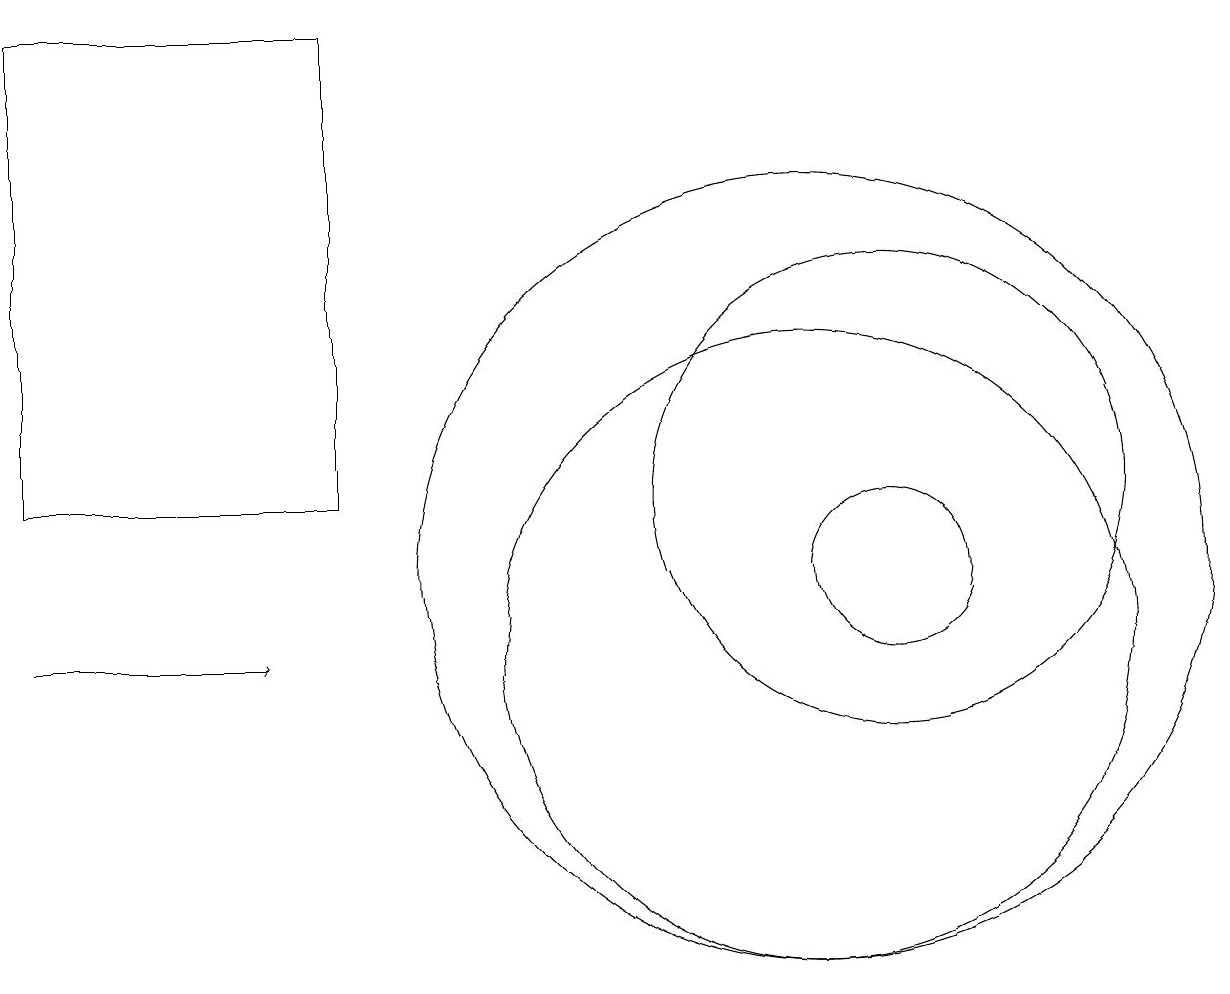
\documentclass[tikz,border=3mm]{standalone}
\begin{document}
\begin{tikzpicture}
\draw (12,11) circle (0);
\draw (11,12) circle (3);
\draw (10,10) circle (4);
\draw (11,11) circle (1);
\draw (10,10) circle (0);
\draw[->] (0,10) -- (3,10);
\draw (4,18) rectangle (0,12);
\draw (10,11) circle (5);
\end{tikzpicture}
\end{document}